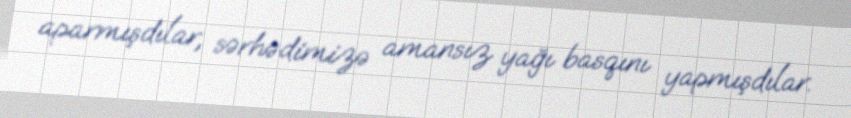
aparmışdılar, sərhədimizə amansız yağı basqını yapmışdılar.